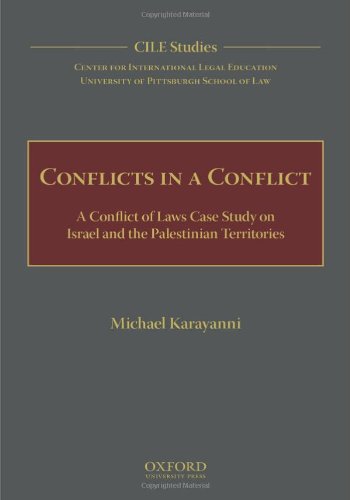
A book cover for Conflicts in a Conflict: A Conflict of Laws Case Study on Israel and the Palestinian Territories (Cile Studies); Michael Karayanni; Law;